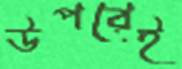
উপরেই